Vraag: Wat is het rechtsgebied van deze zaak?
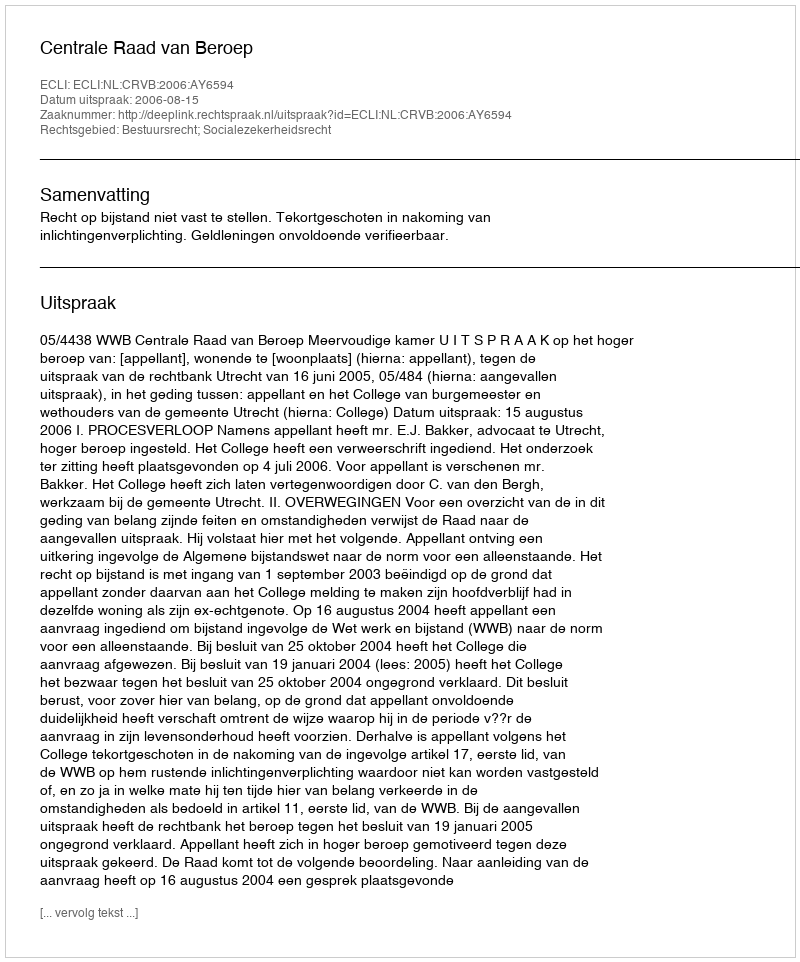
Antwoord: Bestuursrecht; Socialezekerheidsrecht